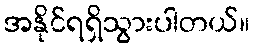
အနိုင်ရရှိသွားပါတယ်။